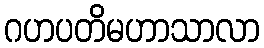
ဂဟပတိမဟာသာလာ